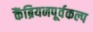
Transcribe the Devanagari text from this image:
कैंब्रियनपूर्वकल्प